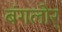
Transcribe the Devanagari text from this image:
बंगलोर्